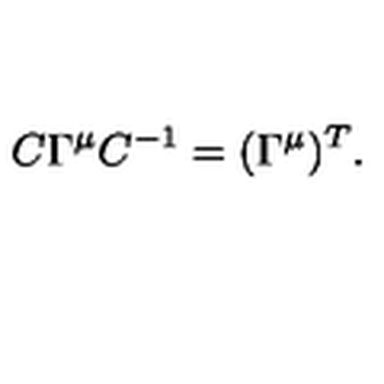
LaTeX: C \Gamma ^ { \mu } C ^ { - 1 } = ( \Gamma ^ { \mu } ) ^ { T } .